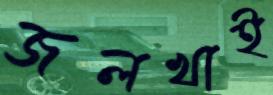
জলখাই